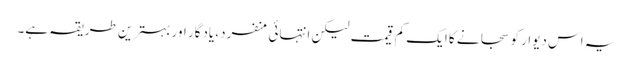
یہ اس دیوار کو سجانے کا ایک کم قیمت لیکن انتہائی منفرد، یادگار اور بہترین طریقہ ہے۔